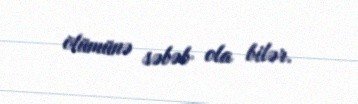
ölümünə səbəb ola bilər.